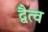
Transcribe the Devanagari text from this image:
द्वैत्व